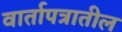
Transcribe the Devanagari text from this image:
वार्तापत्रातील